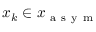
x _ { k } \in \boldsymbol { x } _ { \mathrm { ~ a ~ s ~ y ~ m ~ } }